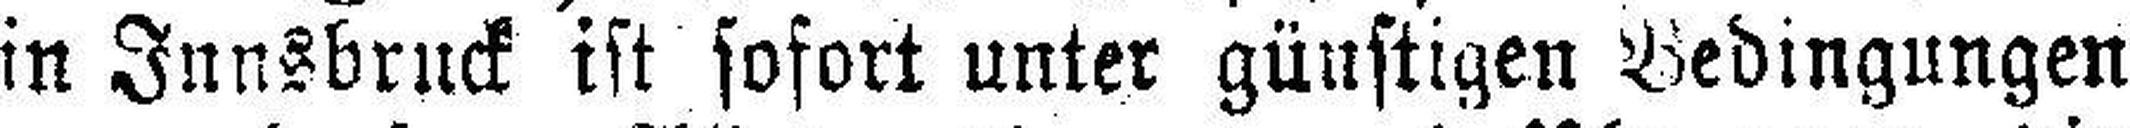
in Innsbruck ist sofort unter günstigen Bedingungen